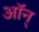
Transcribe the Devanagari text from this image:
ऑन्